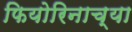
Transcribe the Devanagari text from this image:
फियोरिनाच्या